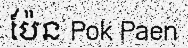
ប៉ែន Pok Paen